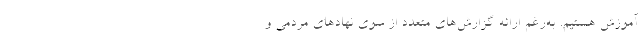
آموزش هستیم. به‌رغم ارائه گزارش‌های متعدد از سوی نهادهای مردمی و